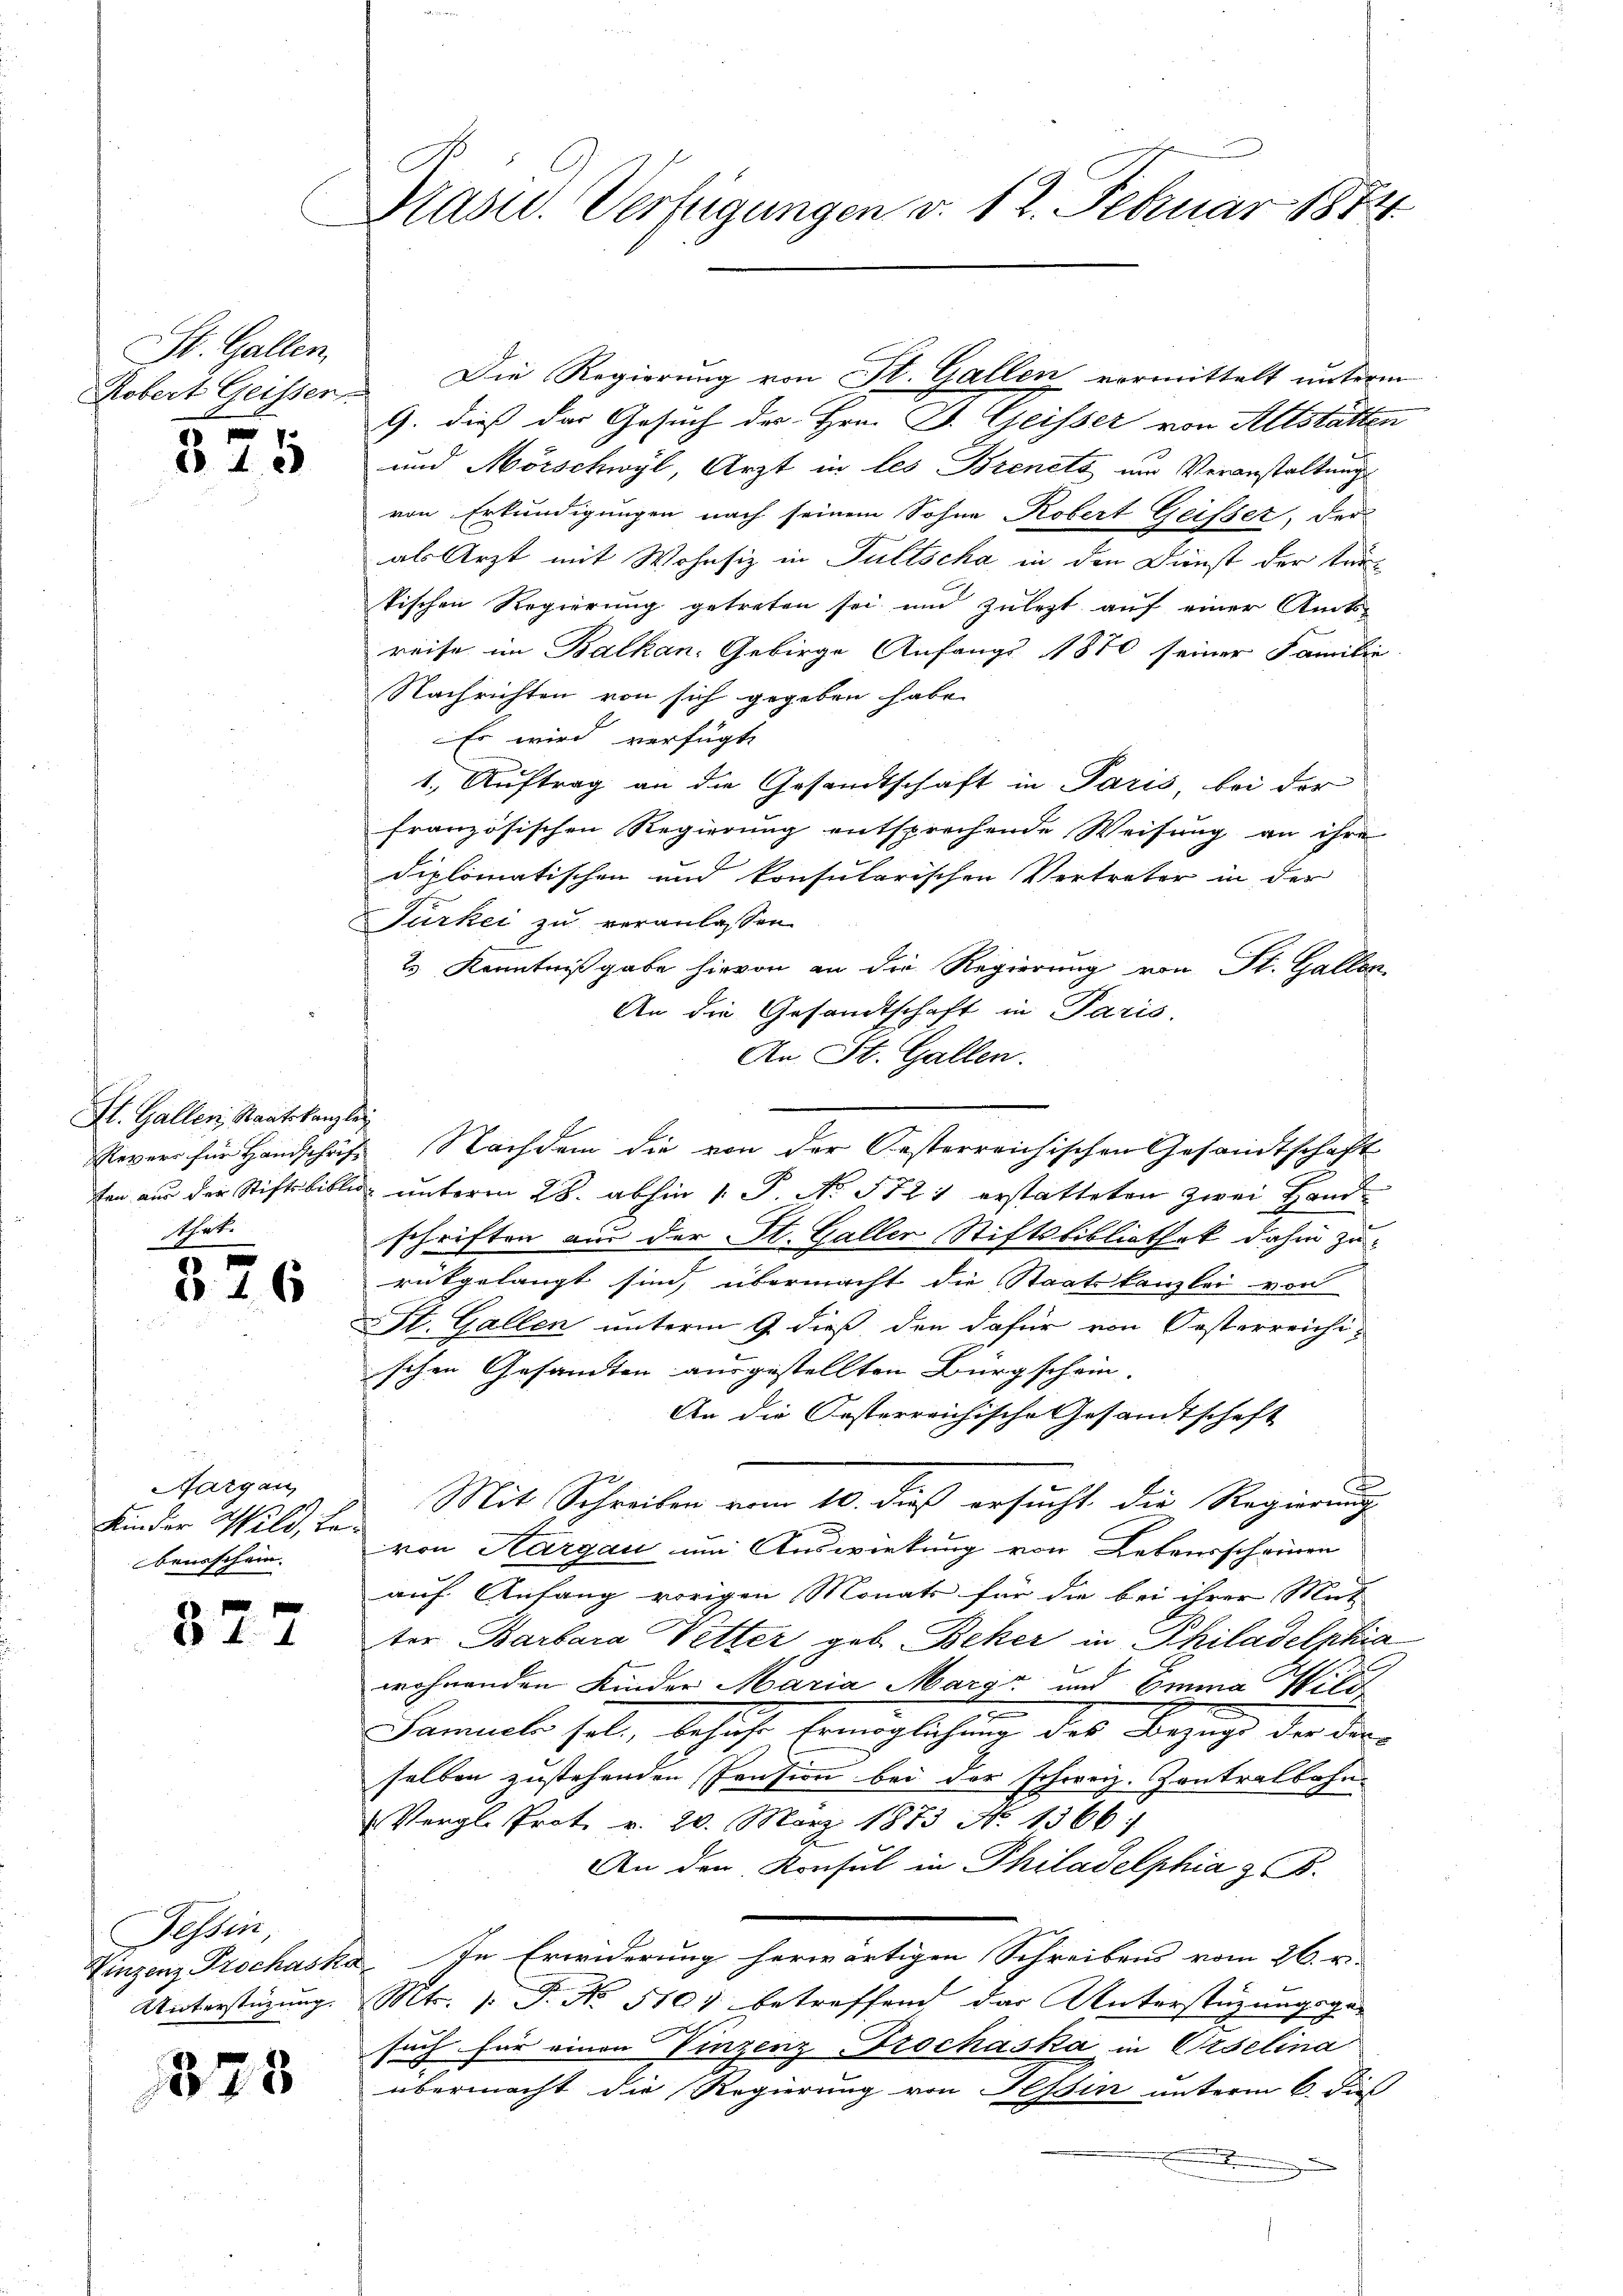
St. Gallen,
Robert Geissen.

375

St. Gallen, Staatskanzler
Revers für Handschrift
ten aus der Stiftsbiblio
sthet.

1
316

Margau,
Kinder Wild, Lebenischein.

327

Tessin
Einzenz Prochaska
Unterstüzung.

378

¬
fa

Pasu. Verfügungen v. 12. Februar 1874

9. dieß der Gesuch der Hrn. Dr. Geisser von Altstätten
und Mörschwyl, Arzt in les Brenets im Veranstaltungs
von Erkundigungen nach seinem Sohne Robert Geisser, der
als Arzt mit Wohnsiz in Fultscha in den Dienst der keikischen Regierung getreten sei und zulezt auf einer Amtsreise im Balkan, Gebirge Anfangs 1870 seiner Familie
Nachrichten von sich gegeben habe.
Es wird verfügt
1. Auftrag an die Gesandtschaft in Paris, bei der
französischen Regierung entsprechende Weisung an ihre
diplomatischen und konsularischen Vertreter in der
Türkei zu veranlassen.
2.) Kenntnißgabe hievon an die Regierung von St. Gallen
An die Gesandtschaft in Paris
An St. Gallen.
Nachdem die von der Oesterreichischen Gesandtschaft
" unterm 28. abhin 1. P. No. 1721 erstatteten zwei Hand
schriften aus der St. Galler Stiftsbibliothek dahin zu
rükgelangt sind, übermacht die Staatskanzlei von
St. Gallen unterm 9. dieß den dafür von Oesterreichischen Gesandten ausgestellten Bürgschein. |
An die Oesterreichische Gesamtschaft
Mit Schreiben vom 10. dieß ersucht die Regierung
von Aargau um Auswirkung von Lebensscheinen
auf Anfang vorigen Monats für die bei ihrer Mut
ter Barbara Vetter geb. Beker in Philadelphia
wohnenden Kinder Maria Maraz und Emma Wild
f
Samueli hat, besuche Ereiglichung des Bezug der der
selben zustehenden Pension bei der schweiz. Kontralbahn
Vergl. Prot. v. 20. März 1873 No 1366:
An den Konsul in Philadelphia z. B.
te Erwiderung herwärtigen Schreibens vom 26. v.
Mt.. 1. P. No. 5101 betreffend das Unterstüzungsge-
such für einen Vinzenz-Prochaska in Orselina
übermacht die Regierung von Tessin unterm 6. dies

Die Regierung von St. Gallen vormittelt unterm